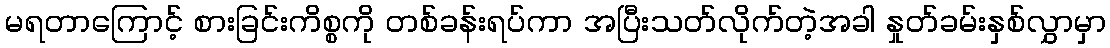
မရတာကြောင့် စားခြင်းကိစ္စကို တစ်ခန်းရပ်ကာ အပြီးသတ်လိုက်တဲ့အခါ နှုတ်ခမ်းနှစ်လွှာမှာ